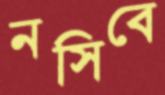
নসিবে